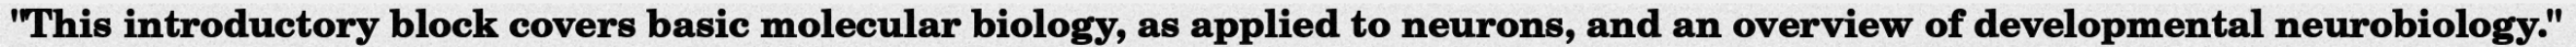
"This introductory block covers basic molecular biology, as applied to neurons, and an overview of developmental neurobiology."